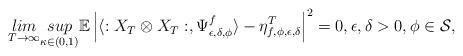
LaTeX: \begin{align*}\underset{T \rightarrow \infty}{lim}\underset{\kappa \in (0,1)}{sup}\mathbb{E}\left|\langle :X_T\otimes X_T:,\Psi_{\epsilon,\delta,\phi}^f \rangle - \eta_{f,\phi,\epsilon,\delta}^T\right|^2 = 0,\epsilon,\delta>0,\phi \in \mathcal{S},\end{align*}